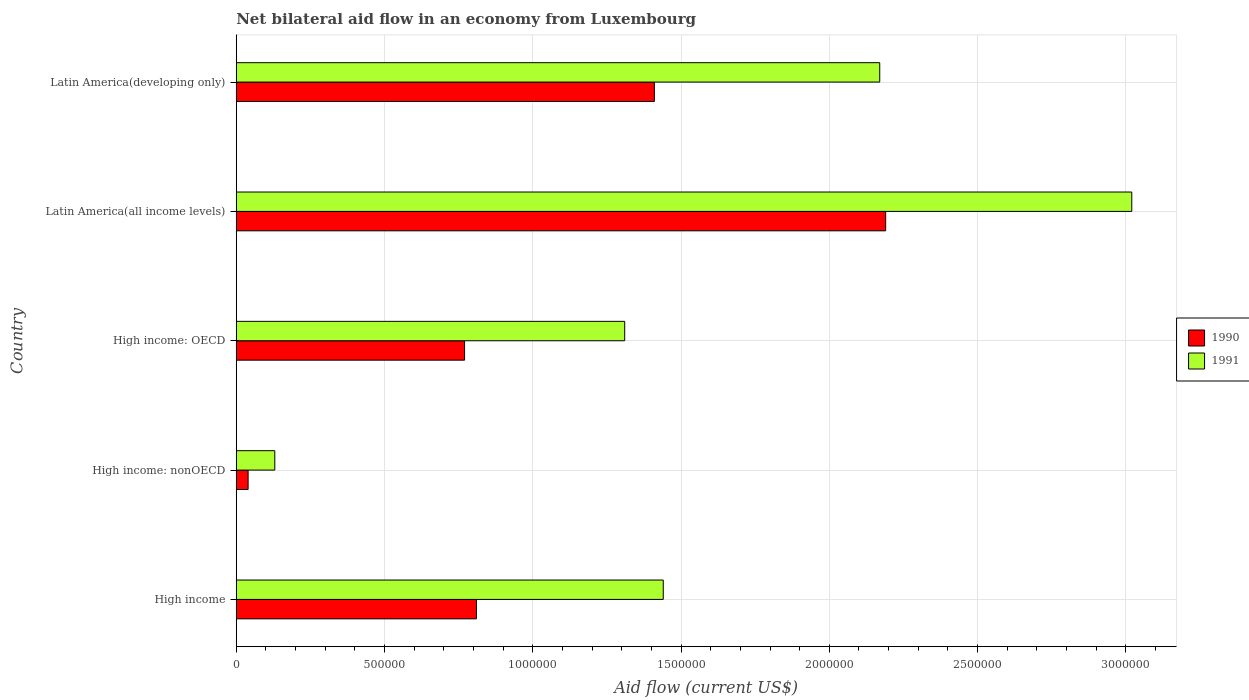
| Country | 1990 | 1991 |
 | --- | --- | --- |
 | High income | 8.1e+05 | 1.44e+06 |
 | High income: nonOECD | 4e+04 | 1.3e+05 |
 | High income: OECD | 7.7e+05 | 1.31e+06 |
 | Latin America(all income levels) | 2.19e+06 | 3.02e+06 |
 | Latin America(developing only) | 1.41e+06 | 2.17e+06 |